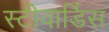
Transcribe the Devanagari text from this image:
स्‍टीवार्डिस